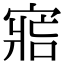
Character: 𡩩